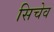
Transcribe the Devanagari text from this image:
सिचेव